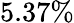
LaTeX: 5.37\%